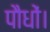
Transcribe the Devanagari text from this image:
पौधों।